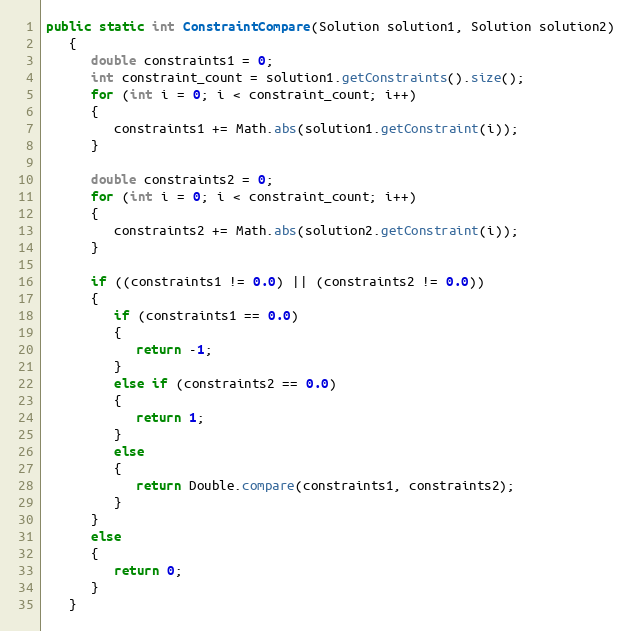
Language: Java
public static int ConstraintCompare(Solution solution1, Solution solution2)
   {
      double constraints1 = 0;
      int constraint_count = solution1.getConstraints().size();
      for (int i = 0; i < constraint_count; i++)
      {
         constraints1 += Math.abs(solution1.getConstraint(i));
      }

      double constraints2 = 0;
      for (int i = 0; i < constraint_count; i++)
      {
         constraints2 += Math.abs(solution2.getConstraint(i));
      }

      if ((constraints1 != 0.0) || (constraints2 != 0.0))
      {
         if (constraints1 == 0.0)
         {
            return -1;
         }
         else if (constraints2 == 0.0)
         {
            return 1;
         }
         else
         {
            return Double.compare(constraints1, constraints2);
         }
      }
      else
      {
         return 0;
      }
   }